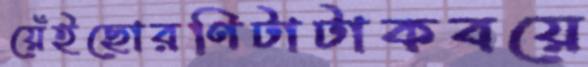
য়েঁইছোরণিটাটাকবয়ে